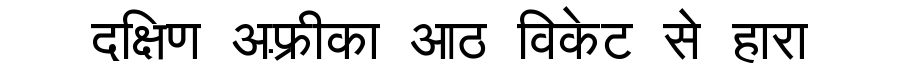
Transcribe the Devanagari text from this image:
दक्षिण अफ़्रीका आठ विकेट से हारा